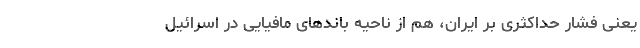
یعنی فشار حداکثری بر ایران، هم از ناحیه باندهای مافیایی در اسرائیل